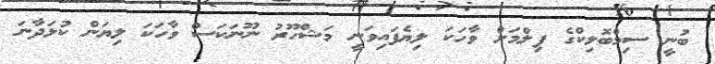
ބުނީ ސިމްބޮލިކްގެ ފިލްމަށް ވާހަކަ ލިޔެފައިވަނީ މަޝްހޫރު ނޫނަކަސް ވާހަކަ ލިޔަން ކުޅަދާނަ